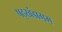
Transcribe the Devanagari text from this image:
षठ्खंडागम